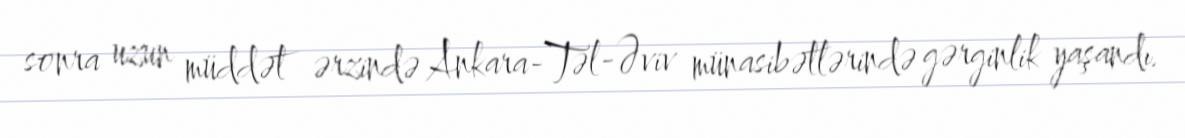
sonra uzun müddət ərzində Ankara-Təl-Əviv münasibətlərində gərginlik yaşandı.